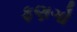
ફણગો